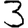
Digit: 3